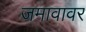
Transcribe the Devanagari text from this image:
जमावावर